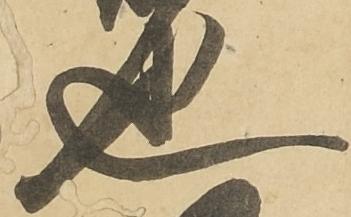
也